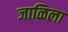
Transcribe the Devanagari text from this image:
जाळिला